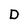
Character: D